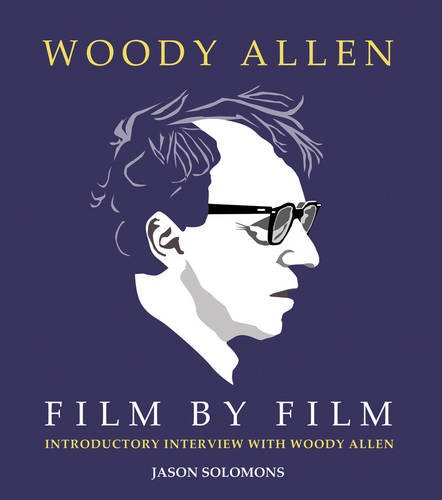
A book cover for Woody Allen Film by Film; Jason Solomons; Humor & Entertainment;